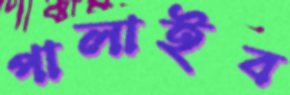
পালাইব